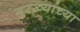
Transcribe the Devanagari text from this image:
गुरख्यांच्या